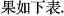
果如下表。